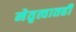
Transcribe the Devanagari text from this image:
नेतृत्वातही